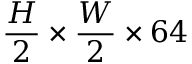
\frac { H } { 2 } \times \frac { W } { 2 } \times 6 4